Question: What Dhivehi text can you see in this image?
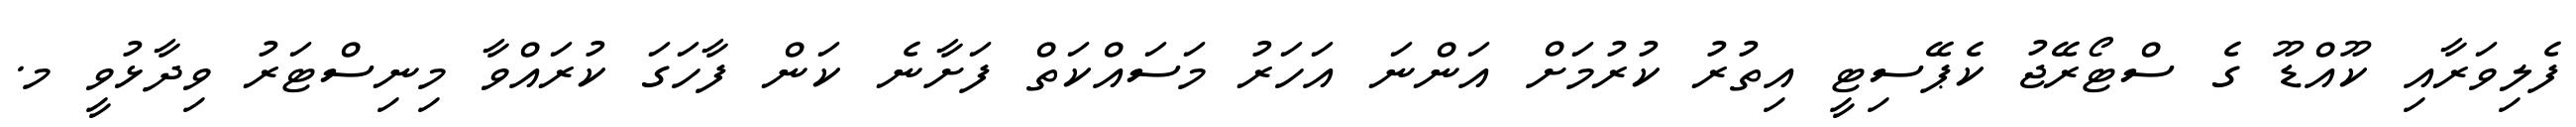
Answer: ފެލިވަރާއި ކޫއްޑޫ ގެ ސްޓޯރޭޖު ކެޕޭސިޓީ އިތުރު ކުރުމަށް އަންނަ އަހަރު މަސައްކަތް ފަށާނެ ކަން ފާހަގަ ކުރައްވާ މިނިސްޓަރު ވިދާޅުވީ މ.